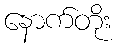
နောက်တိုး